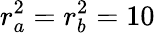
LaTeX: r_{a}^{2}=r_{b}^{2}=10